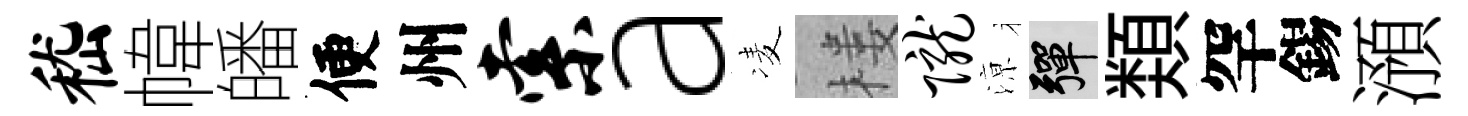
嵇幃皤便州索a凌楼陇鿌彈𩔖罕錫澦